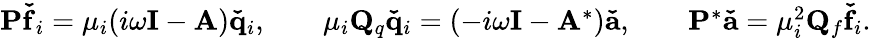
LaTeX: \begin{array}{rlr}{\mathbf{P\check{f}}_{i}=\mu_{i}(i\omega\mathbf{I}-\mathbf{A})\mathbf{\check{q}}_{i},\; \; \; \; }&{\mu_{i}\mathbf{Q}_{q}\mathbf{\check{q}}_{i}=(-i\omega\mathbf{I}-\mathbf{A}^{*})\mathbf{\check{a}},\; \; \; \; }&{\mathbf{P}^{*}\mathbf{\check{a}}=\mu_{i}^{2}\mathbf{Q}_{f}\mathbf{\check{f}}_{i}.}\end{array}